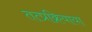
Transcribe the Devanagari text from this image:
तत्प्रक्रियाया